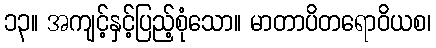
၁၃။ အကျင့်နှင့်ပြည့်စုံသော။ မာတာပိတရောဝိယစ၊